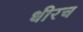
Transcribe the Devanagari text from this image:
धीरच